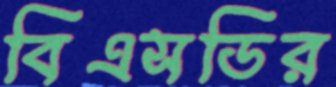
বিএসডির